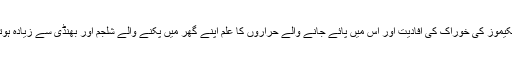
اور اسکیموز کی خوراک کی افادیت اور اس میں پائے جانے والے حراروں کا علم اپنے گھر میں پکنے والے شلجم اور بھنڈی سے زیادہ ہوتا ہے ۔